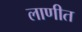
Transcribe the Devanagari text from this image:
लाणीत